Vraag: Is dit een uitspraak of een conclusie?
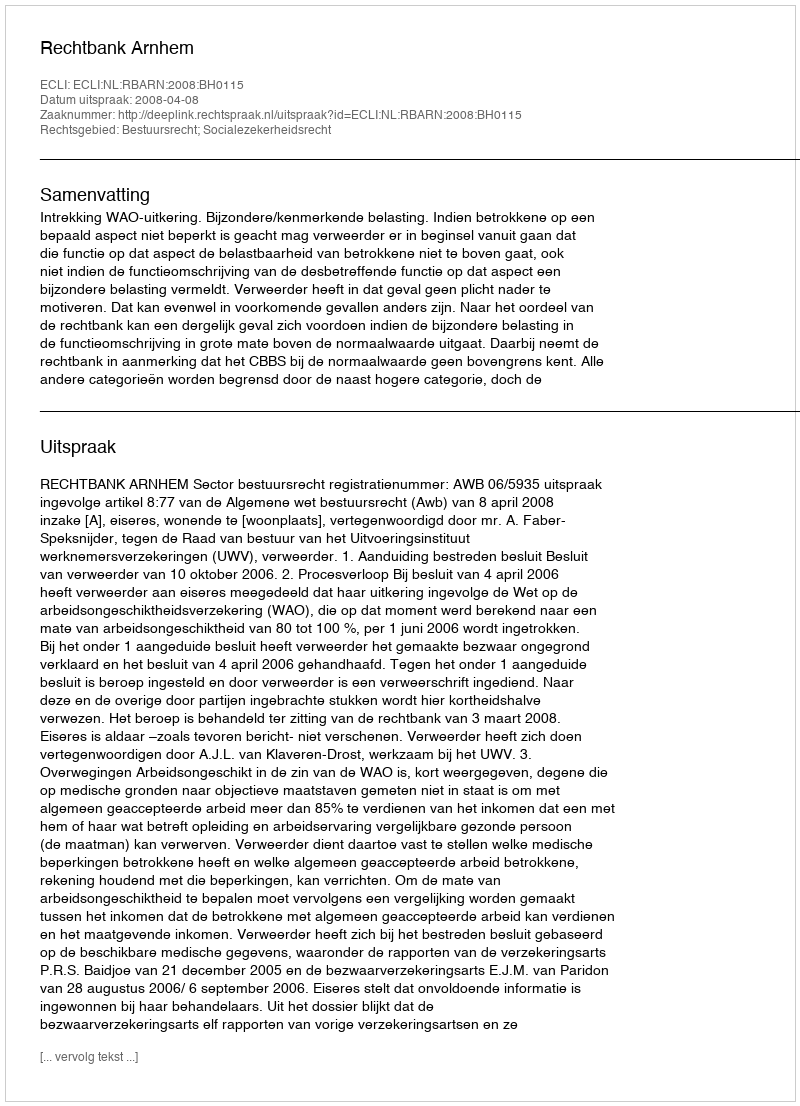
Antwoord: Uitspraak